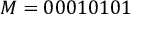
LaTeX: M = 0 0 0 1 0 1 0 1